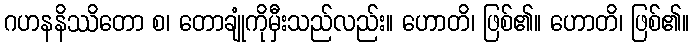
ဂဟနနိဿိတော စ၊ တောချုံကိုမှီးသည်လည်း။ ဟောတိ၊ ဖြစ်၏။ ဟောတိ၊ ဖြစ်၏။